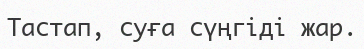
Тастап, суға сүңгіді жар.